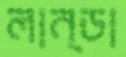
লান্ডা